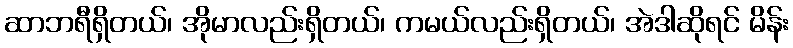
ဆာဘရီရှိတယ်၊ အိုမာလည်းရှိတယ်၊ ကမယ်လည်းရှိတယ်၊ အဲဒါဆိုရင် မိန်း